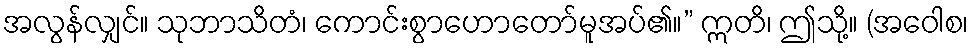
အလွန်လျှင်။ သုဘာသိတံ၊ ကောင်းစွာဟောတော်မူအပ်၏။” ဣတိ၊ ဤသို့။ (အဝေါစ၊